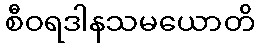
စီဝရဒါနသမယောတိ